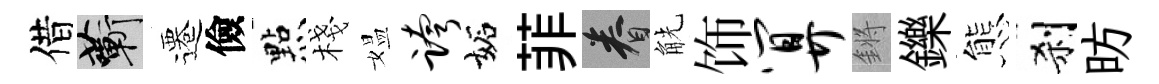
借蔪遷儉㸃棧媪跨妬菲眷觥饰算鏘鑠態刹昉